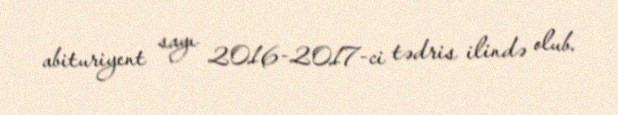
abituriyent sayı 2016-2017-ci tədris ilində olub.